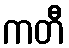
ကတီ